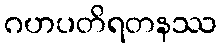
ဂဟပတိရတနဿ